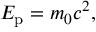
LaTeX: \textstyle E _ { \mathrm { p } } = m _ { 0 } c ^ { 2 } ,